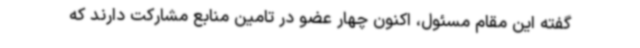
گفته این مقام مسئول، اکنون چهار عضو در تامین منابع مشارکت دارند که